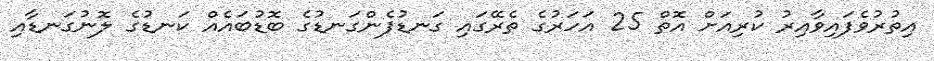
އިތުރުވެފައިވާއިރު ކުރިއަށް އޮތް 25 އަހަރުގެ ތެރޭގައި ގަނޑުފެންގަނޑުގެ ބޮޑުބައެއް ކަނޑުގެ ލޮނުގަނޑާއި